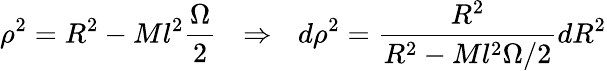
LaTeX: \rho^{2}=R^{2}-Ml^{2}\frac{\Omega}{2}\: \: \: \Rightarrow\: \: \: d\rho^{2}=\frac{R^{2}}{R^{2}-Ml^{2}\Omega/2}dR^{2}